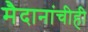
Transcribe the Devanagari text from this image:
मैदानांचीही